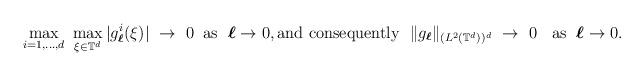
LaTeX: \begin{align*}\max_{i=1,\ldots, d} \ \max_{\xi \in \mathbb{T}^d} |g^i_{\boldsymbol{\ell}}(\xi) | \ \to \ 0 \;\; \mbox{as } \; {\boldsymbol{\ell}} \to 0, \mbox{and consequently } \; \| g_{\boldsymbol{\ell}} \|_{(L^2(\mathbb{T}^d))^d} \ \to \ 0 \;\; \mbox{ as } \; {\boldsymbol{\ell}} \to 0.\end{align*}